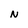
Character: N